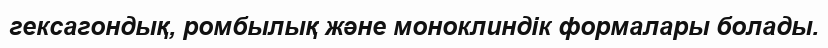
гексагондық, ромбылық және моноклиндік формалары болады.